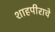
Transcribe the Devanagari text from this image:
शाहपीराचे